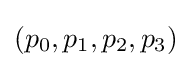
(p_{0},p_{1},p_{2},p_{3})